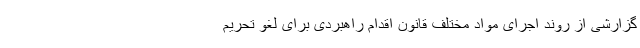
گزارشی از روند اجرای مواد مختلف قانون اقدام راهبردی برای لغو تحریم